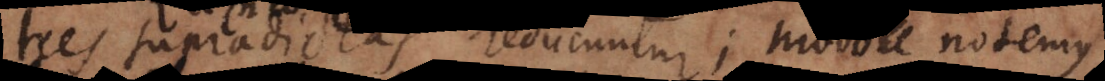
tres supradictas reducuntur; modo notemus